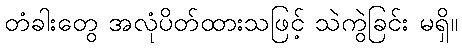
တံခါးတွေ အလုံပိတ်ထားသဖြင့် သဲကွဲခြင်း မရှိ။